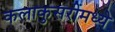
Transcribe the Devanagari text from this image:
कलाकुसरींमध्ये